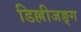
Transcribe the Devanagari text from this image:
डिल्लीजङ्ग